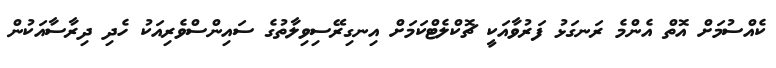
ކެއްސުމަށް އޮތް އެންމެ ރަނގަޅު ފަރުވާއަކީ ޗޮކްލެޓްކަމަށް އިނގިރޭސިވިލާތުގެ ސައިންސްވެރިއަކު ހެދި ދިރާސާއަކުން